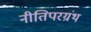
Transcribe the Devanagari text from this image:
नीतिपरग्रंथ